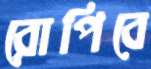
রোপিবে